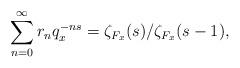
LaTeX: \begin{align*} \sum\limits_{n=0}^\infty r_nq_x^{-ns}=\zeta_{F_x}(s)/\zeta_{F_x}(s-1),\end{align*}